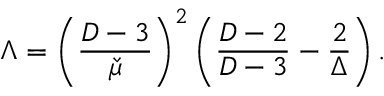
\Lambda = \left( \frac { D - 3 } { \check { \mu } } \right) ^ { 2 } \left( \frac { D - 2 } { D - 3 } - \frac { 2 } { \Delta } \right) .